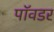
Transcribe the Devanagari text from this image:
पॉवडर